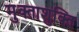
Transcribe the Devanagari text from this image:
मुक्ताशुक्ति